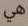
هي